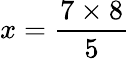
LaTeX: x=\frac{7\times 8}{5}